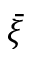
\bar { \xi }